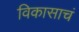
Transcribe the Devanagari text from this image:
विकासाचं